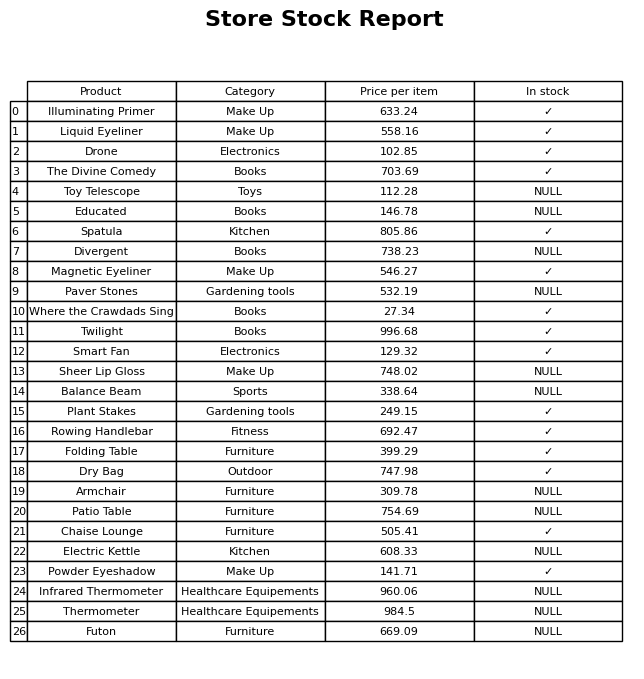
question: What is the price for Drone?
answer: The price of Drone is 102.85.